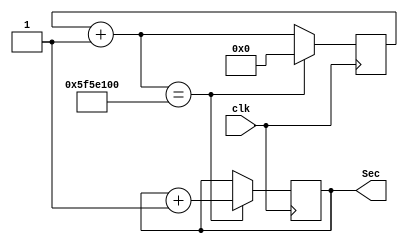
`timescale 1ns / 1ps

module SecClock(
    input clk,
    output Sec
    );

reg [26:0] sec_Counter;
reg sec_reg;
	 
always @(posedge clk) begin
	sec_Counter = sec_Counter + 1;
	if(sec_Counter == 100000000) begin
		sec_reg = sec_reg  + 1;
		sec_Counter = 0;
	end
end

assign Sec = sec_reg;


endmodule